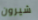
شيرون